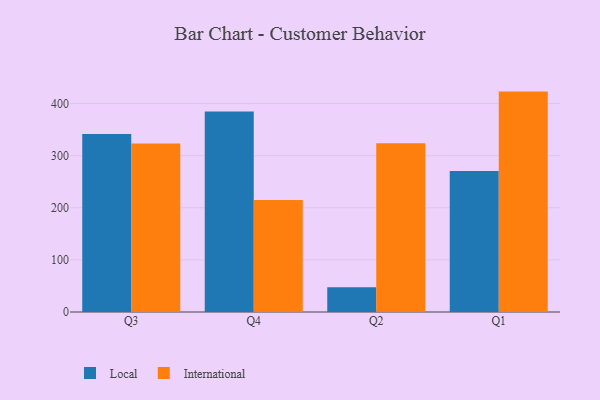
{"axis": {"x": "Quarter", "y": "Churn Rate (%)"}, "legend": ["International", "Local"], "data": [{"x": "Q3", "y": 341.4, "type": "Local"}, {"x": "Q3", "y": 323.2, "type": "International"}, {"x": "Q4", "y": 384.8, "type": "Local"}, {"x": "Q4", "y": 215.0, "type": "International"}, {"x": "Q2", "y": 47.6, "type": "Local"}, {"x": "Q2", "y": 324.0, "type": "International"}, {"x": "Q1", "y": 270.7, "type": "Local"}, {"x": "Q1", "y": 422.9, "type": "International"}]}